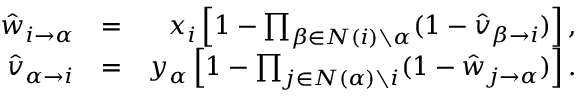
\begin{array} { r l r } { \hat { w } _ { i \rightarrow \alpha } } & { = } & { x _ { i } \left[ 1 - \prod _ { \beta \in N ( i ) \setminus \alpha } ( 1 - \hat { v } _ { \beta \rightarrow i } ) \right] , } \\ { \hat { v } _ { \alpha \rightarrow i } } & { = } & { y _ { \alpha } \left[ 1 - \prod _ { j \in N ( \alpha ) \setminus i } ( 1 - \hat { w } _ { j \rightarrow \alpha } ) \right] . } \end{array}